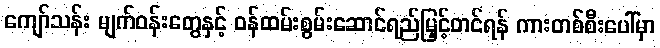
ကျော်သန်း မျက်ဝန်းတွေနှင့် ဝန်ထမ်းစွမ်းဆောင်ရည်မြှင့်တင်ရန် ကားတစ်စီးပေါ်မှာ